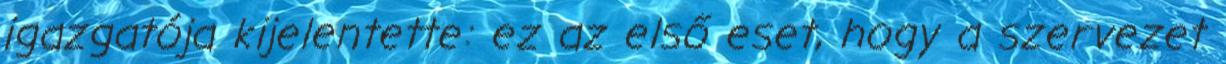
igazgatója kijelentette: ez az első eset, hogy a szervezet